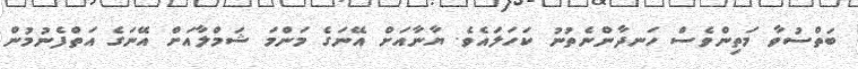
ބަތްސުވާ މަތިންވެސް ހަނދާންނެތުނު ކަހަލައެވެ. ޔާނާއަށް އޭނަގެ މަންމަ ޝަމްލާއަށް އޭނަގެ އަތްފެނުމުން